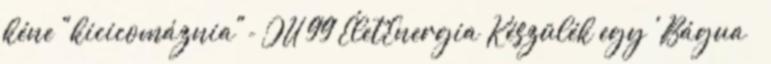
kéne "kicicomáznia"- JU 99 ÉletEnergia Készülék egy 'Bágua